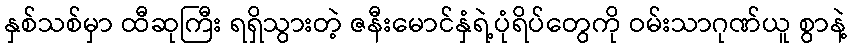
နှစ်သစ်မှာ ထီဆုကြီး ရရှိသွားတဲ့ ဇနီးမောင်နှံရဲ့ပုံရိပ်တွေကို ဝမ်းသာဂုဏ်ယူ စွာနဲ့